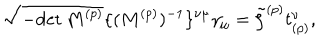
\sqrt { - \mathrm { d e t } \, M ^ { ( p ) } } \{ ( M ^ { ( p ) } ) ^ { - 1 } \} ^ { \nu \mu } \gamma _ { \mu } = \tilde { \zeta } ^ { ( p ) } t _ { ( p ) } ^ { \nu } ,